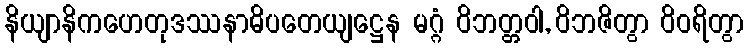
နိယျာနိကဟေတုဒဿနာဓိပတေယျဋ္ဌေန မဂ္ဂံ ဝိဘတ္တဝါ, ဝိဘဇိတွာ ဝိဝရိတွာ